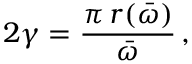
2 \gamma = \frac { \pi \, r ( \bar { \omega } ) } { \bar { \omega } } \, ,